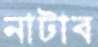
নাটাব